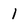
Character: l